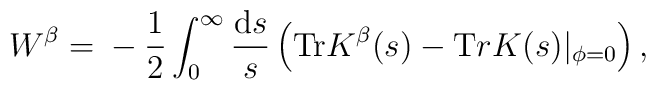
W^{\beta}=   	\mbox{}-\frac1{2}    	\int_0^{\infty} \frac{\mathrm{d} s}{s}   \left(  	{\mathrm{Tr}}  K^{\beta} (s)  	- {\mathrm Tr} K (s)|_{\phi=0}  \right),